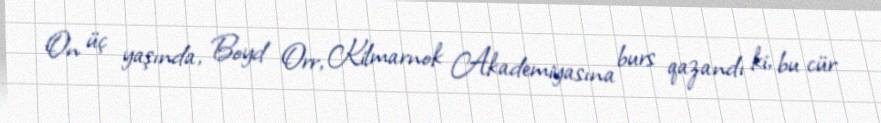
On üç yaşında, Boyd Orr, Kilmarnok Akademiyasına burs qazandı ki, bu cür